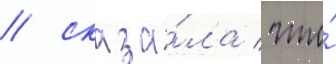
/ сказа́ла / что́